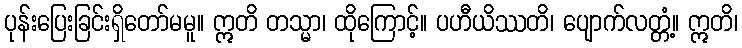
ပုန်းပြေးခြင်းရှိတော်မမူ။ ဣတိ တသ္မာ၊ ထိုကြောင့်။ ပဟီယိဿတိ၊ ပျောက်လတ္တံ့။ ဣတိ၊